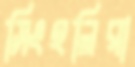
সিংহলিরা